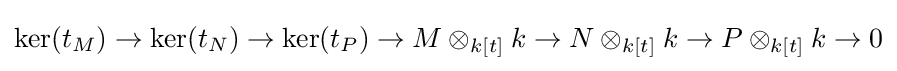
\ker(t_{M})\to \ker(t_{N})\to \ker(t_{P})\to M\otimes _{k[t]}k\to N\otimes _{k[t]}k\to P\otimes _{k[t]}k\to 0